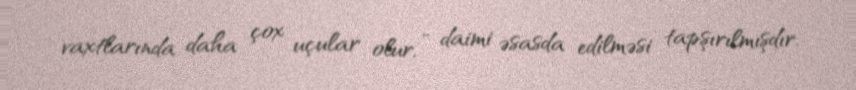
vaxtlarında daha çox uçular olur, - daimi əsasda edilməsi tapşırılmışdır.